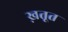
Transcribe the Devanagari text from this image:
ख़तूत